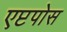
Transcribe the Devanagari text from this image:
एप्टपोस